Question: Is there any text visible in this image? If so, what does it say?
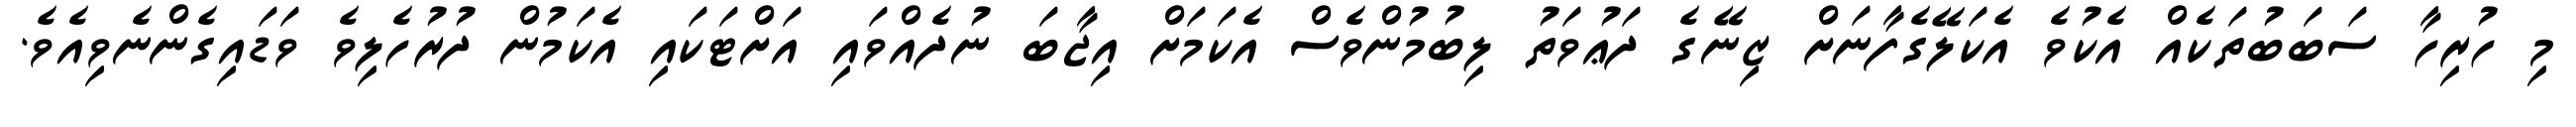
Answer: މި ހުރިހާ ސަބަބުތަކެއް އެކުވެ އެކަލޭގެފާނަށް ޒިނޭގެ ދަޢުވަތު ލިބުމުންވެސް އެކަމަށް އިޖާބަ ނުދެއްވައި އަށްޓަކައި އެކަމުން ދުރުހެލިވެ ވަޑައިގެންނެވިއެވެ.